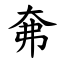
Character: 㚕